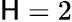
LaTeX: \mathsf{H}=2